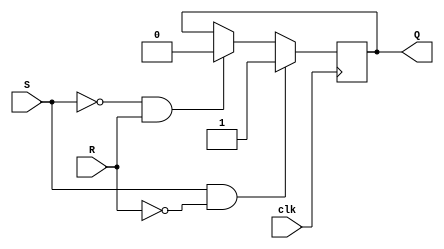
module EdgeTriggeredSRFlipFlop (
    input wire clk,
    input wire S,
    input wire R,
    output reg Q
);

reg Q_temp;

always @(posedge clk) begin
    if (S && !R) begin
        Q_temp <= 1;
    end else if (!S && R) begin
        Q_temp <= 0;
    end else if (!S && !R) begin
        // Retain previous state
    end
end

assign Q = Q_temp;

endmodule